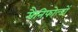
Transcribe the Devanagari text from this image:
मैनिफोल्डों